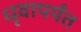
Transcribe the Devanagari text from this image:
धृवापर्यंत